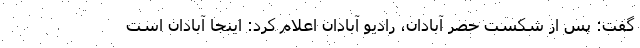
گفت: پس از شکست حصر آبادان، رادیو آبادان اعلام کرد: اینجا آبادان است